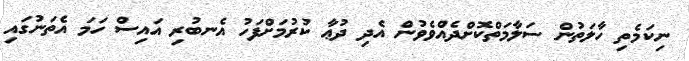
ނިކަމެތި ހާލަތުން ސަލާމަތްކޮށްދެއްވެވުން އެދި ދުޢާ ކުރުމަށްފަހު އެނބުރި އައިސް ހަމަ އެތަނުގައި